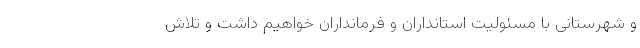
و شهرستانی با مسئولیت استانداران و فرمانداران خواهیم داشت و تلاش